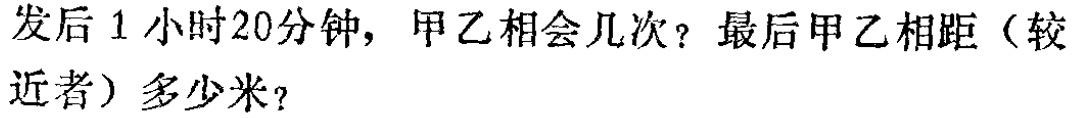
发后1小时20分钟，甲乙相会几次？最后甲乙相距（较

近者）多少米？